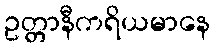
ဥတ္တာနီကရိယမာနေ